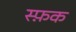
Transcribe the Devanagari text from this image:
स्फ़क